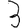
Digit: 3